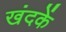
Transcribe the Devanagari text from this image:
खंदकें